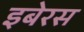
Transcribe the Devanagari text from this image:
इबेरस